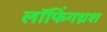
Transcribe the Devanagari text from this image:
लॉफिंगथ्रश